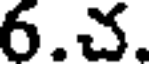
6.చ.